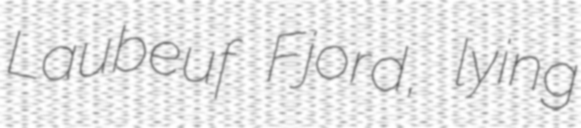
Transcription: Laubeuf Fjord, lying